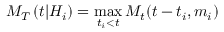
M _ { T } \left( t \vert { \cal H } _ { i } \right) = \operatorname* { m a x } _ { t _ { i } < t } M _ { t } ( t - t _ { i } , m _ { i } )